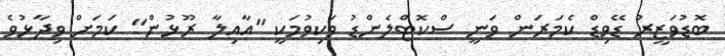
ބޮޑުވަޒީރު ޑޭވިޑް ކެމަރަން ވަނީ ސްކޮޓްލެންޑު ވަކިވުމަކީ "އާއިލާ ރޫޅުން" ކަމަށް ވިދާޅުވެ